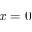
x = 0